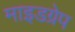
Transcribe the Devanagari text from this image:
माइडग्रेप